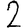
Digit: 2